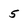
Character: 5